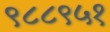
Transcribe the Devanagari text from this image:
९८८९५१